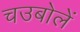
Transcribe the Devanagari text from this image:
चउबोलें